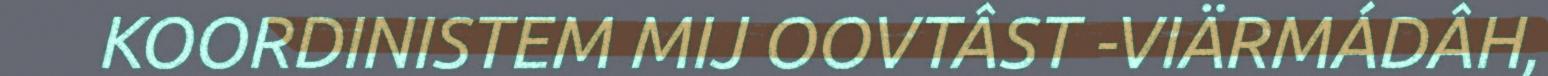
KOORDINISTEM MIJ OOVTÂST -VIÄRMÁDÂH,